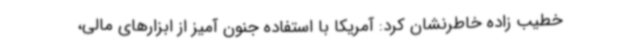
خطیب زاده خاطرنشان کرد: آمریکا با استفاده جنون آمیز از ابزارهای مالی،